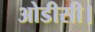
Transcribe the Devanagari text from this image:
ओडीसी।